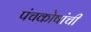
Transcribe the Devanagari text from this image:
पंचकोषांची